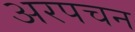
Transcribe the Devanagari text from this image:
अरपचन